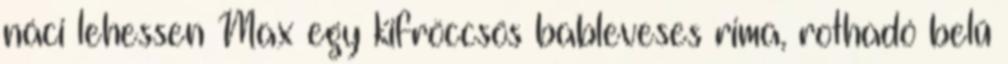
náci lehessen Max egy kifröccsös bableveses rima, rothadó belű